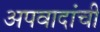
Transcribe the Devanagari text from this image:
अपवादांची